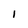
Character: 1